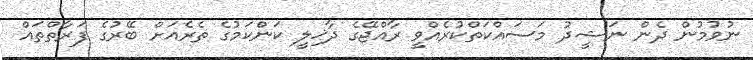
ނުވުމުން ދެން ނަޝީދު މަސައްކަތްކުރެއްވީ ރާއްޖޭގެ ދާޚިލީ ކަންކަމުގެ ތެރެއަށް ބޭރުގެ ފަރާތްތައް